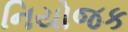
નિયોજક